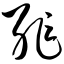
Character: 耻